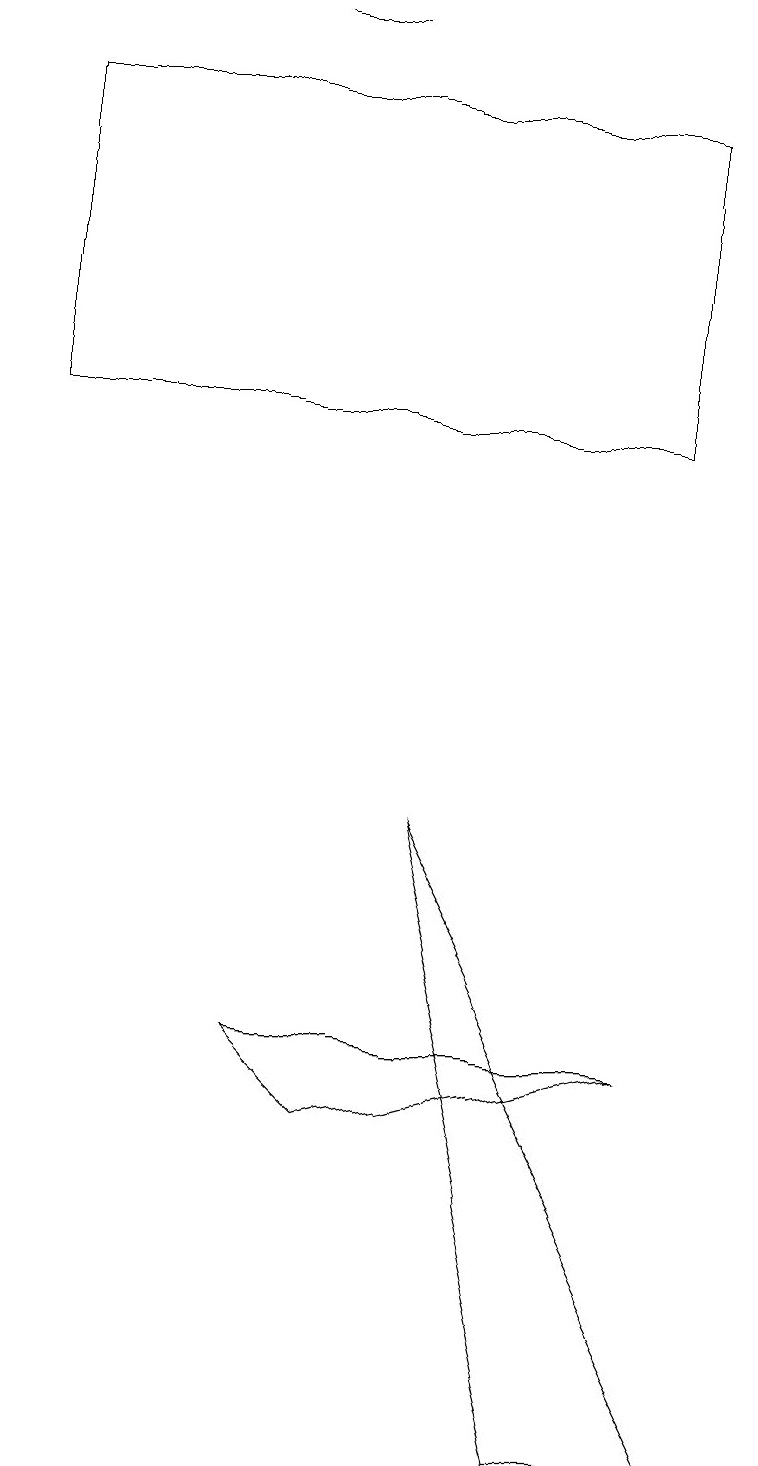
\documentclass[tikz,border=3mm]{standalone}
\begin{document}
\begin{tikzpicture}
\draw (4,5) -- (8,6) -- (3,6) -- cycle;
\draw (3,19) rectangle (4,19);
\draw (7,1) -- (9,1) -- (5,9) -- cycle;
\draw (8,18) rectangle (0,14);
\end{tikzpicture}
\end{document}